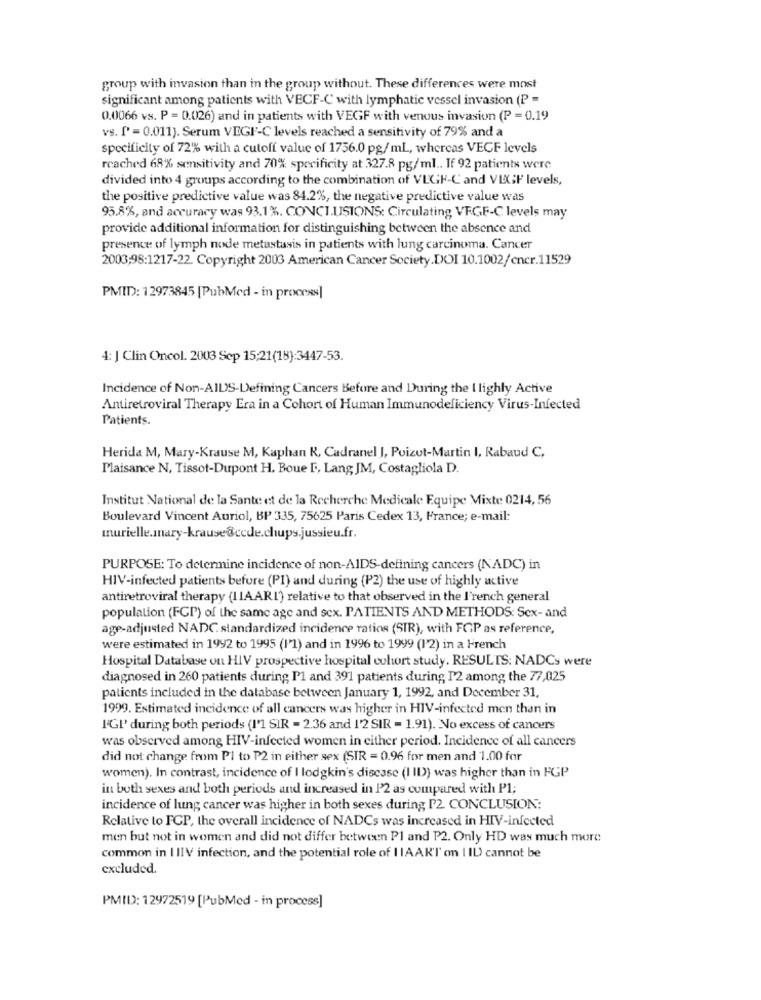
group with invasion than in the group without. These differences were most
significant among patients with VECF-C with lymphatic vessel invasion (P =
0.0066 vs. P = 0.026) and in patients with VEGF with venous invasion (P = 0.19
vs. P =0.011). Serum VEGI'-C levels reached a sensitivity of 79% and a
specificity of 72% with a cutoff value of 1756.0 pg/mL, whereas VEGF levels
reached 68% sensitivity and 70% specificity at 327.8 pg/ml .. If 92 patients were
divided into 4 groups according to the combination of VEGF-C and VEGF levels,
the positive predictive value was 84.2%, the negative predictive value was
95.8%, and accuracy was 93.1%. CONCI.USIONS: Circulating VEGF-C levels may
provide additional information for distinguishing between the absence and
presence of lymph node metastasis in patients with lung carcinoma. Cancer
2003;98:1217-22. Copyright 2003 American Cancer Society.DOI 10.1002/cncr.11529
PMID: 12973845 [PubMed - in process]
4: J Clin Oncol. 2003 Sep 15:21(18):3447-53.
Incidence of Non-AIDS-Defining Cancers Before and During the I lighly Active
Antiretroviral Therapy Era in a Cohort of Human Immunodeficiency Virus-Infected
Patients.
Herida M, Mary-Krause M, Kaphan K, Cadranel J, Poizut-Martin I, Rabaud C,
Plaisance N, Tissot-Dupont H. Boue D. Lang JM, Costagliola D.
Institut National de la Sante et de la Recherche Medical: Equipe Mixte 0214, 56
Boulevard Vincent Auriol, BP 335, 75625 Paris Cedex 13, France; e-mail:
murielle.mary-krause@cede.chups.jussieu.fr.
PURPOSE: To determine incidence of non-AIDS-defining cancers (NADC) in
HIV-infected patients before (PI) and during (P2) the use of highly active
antiretroviral therapy (11A ARI') relative to that observed in the French general
population (FCP) of the same age and sex. PATIENTS AND METHODS: Sex- and
age-adjusted NADC standardized incidence ratios (SIR), with FGP as reference,
were estimated in 1992 to 1995 (11) and in 1996 to 1999 (1'2) in a French
Hospital Database on HIV prospective hospital cohort study. RESULTS: NADCs were
diagnosed in 260 patients during Pl and 391 patients during 12 among the 77,025
patients included in the database between January 1, 1992, and December 31,
1999. Estimated incidence of all cancers was higher in HIV-infected men than in
I'GI' during both periods (I'1 SIR = 2.36 and 12 SIR = 1.91). No excess of cancers
was observed among HIV-infected women in either period. Incidence of all cancers
did not change from PI to P2 in either sex (SIR = 0.96 for men and 1.00 for
women). In contrast, incidence of I lodgkin's disease (I II)) was higher than in FGP
in both sexes and both periods and increased in P2 as compared with P1;
incidence of lung cancer was higher in both sexes during P2 CONCLUSION:
Relative to FCP, the overall incidence of NADCs was increased in HIV-infected
men but not in women and did not differ between Pl and P2. Only HD was much more
common in I IIV infection, and the potential role of I IAAK'T' on | IL cannot be
excluded.
PMID): 12972519 [PubMed - in process]